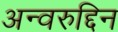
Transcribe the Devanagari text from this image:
अन्वरुद्दिन